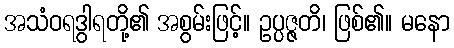
အသံဝရဒွါရတို့၏ အစွမ်းဖြင့်။ ဥပ္ပဇ္ဇတိ၊ ဖြစ်၏။ မနော